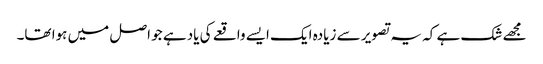
مجھے شک ہے کہ یہ تصویر سے زیادہ ایک ایسے واقعے کی یاد ہے جو اصل میں ہوا تھا۔